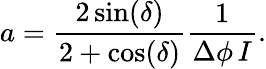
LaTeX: a=\frac{2\sin(\delta)}{2+\cos(\delta)}\frac{1}{\Delta\phi\, I}.